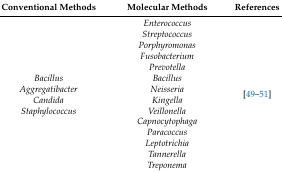
<table><thead><tr><td><b>Conventional Methods</b></td><td><b>Molecular Methods</b></td><td><b>References</b></td></tr></thead><tbody><tr><td><i>Bacillus</i><i>Aggregatibacter</i><i>Candida</i><i>Staphylococcus</i></td><td><i>Enterococcus</i><i>Streptococcus</i><i>Porphyromonas</i><i>Fusobacterium</i><i>Prevotella</i><i>Bacillus</i><i>Neisseria</i><i>Kingella</i><i>Veillonella</i><i>Capnocytophaga</i><i>Paracoccus</i><i>Leptotrichia</i><i>Tannerella</i><i>Treponema</i></td><td>[49,50,51]</td></tr></tbody></table>